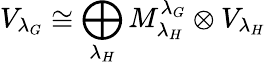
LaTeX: V_{{\lambda_{G}}}\cong\bigoplus_{{\lambda_{H}}}M_{\lambda_{H}}^{\lambda_{G}}\otimes V_{{\lambda_{H}}}